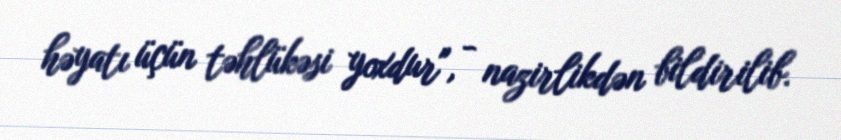
həyatı üçün təhlükəsi yoxdur", - nazirlikdən bildirilib.